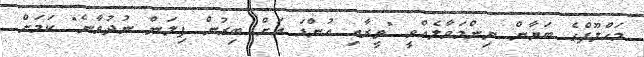
މަހްލޫފްގެ ބަޔާން ނިންމަވާލެއްވީ "ތީރާއި އުންޑަ އަށް ބިރުން ފިލަން ނުދުވާނެ" ކަމަށް